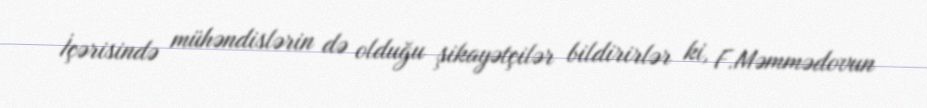
İçərisində mühəndislərin də olduğu şikayətçilər bildirirlər ki, F.Məmmədovun